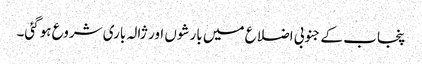
پنجاب کے جنوبی اضلاع میں بارشوں اور ژالہ باری شروع ہوگئی۔